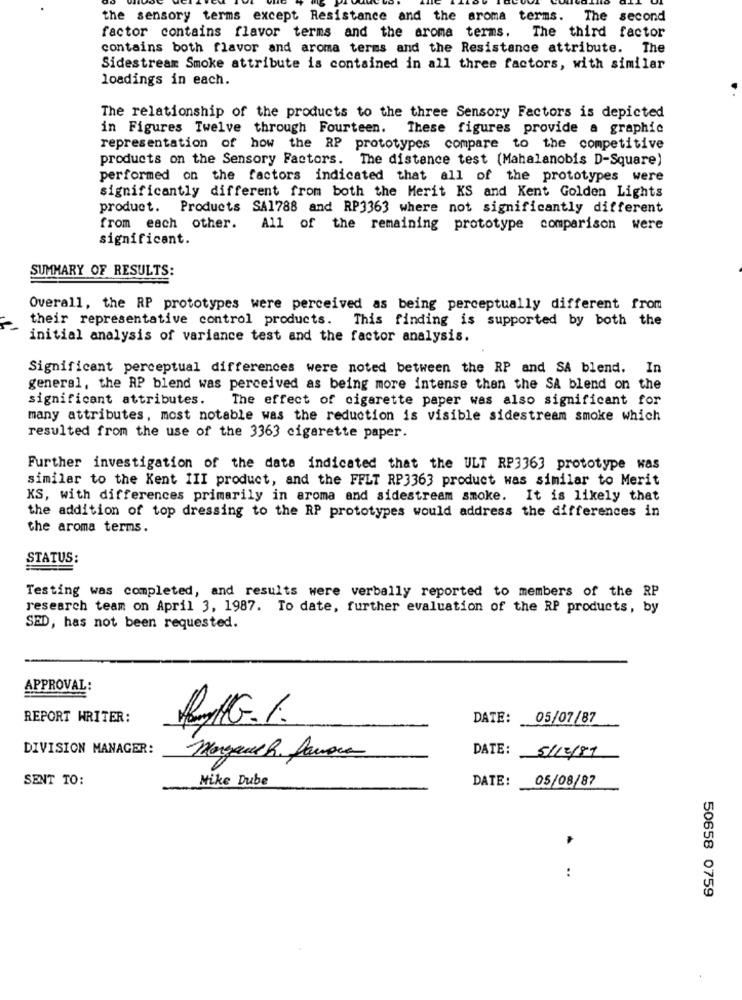
the sensory terms except Resistance and the aroma terms. The second
factor contains flavor terms and the aroma terms. The third factor
contains both flavor and aroma terms and the Resistance attribute. The
Sidestream Smoke attribute is contained in all three factors, with similar
loadings in each.
The relationship of the products to the three Sensory Factors is depicted
in Figures Twelve through Fourteen.
These figures provide a graphic
representation of how the RP prototypes compare to the competitive
products on the Sensory Factors. The distance test (Mahalanobis D-Square)
performed on the factors indicated that all of the prototypes were
significantly different from both the Merit KS and Kent Golden Lights
product. Products SA1788 and RP3363 where not significantly different
from each other. All of the remaining prototype comparison were
significant.
SUMMARY OF RESULTS:
Overall, the RP prototypes were perceived as being perceptually different from
their representative control products. This finding is supported by both the
initial analysis of variance test and the factor analysis.
Significant perceptual differences were noted between the RP and SA blend. In
general, the RP blend was perceived as being more intense then the SA blend on the
significant attributes.
The effect of cigarette paper was also significant for
many attributes, most notable was the reduction is visible sidestream smoke which
resulted from the use of the 3363 cigarette paper.
Further investigation of the data indicated that the ULT RP3363 prototype was
similar to the Kent III product, and the FFLT RP3363 product was similar to Merit
KS, with differences primarily in aroma and sidestream smoke. It is likely that
the addition of top dressing to the RP prototypes would address the differences in
the aroma terms.
STATUS:
Testing was completed, and results were verbally reported to members of the RP
research team on April 3, 1987. To date, further evaluation of the RP products, by
SED, has not been requested.
APPROVAL:
REPORT WRITER:
DATE:
05/07/87
DIVISION MANAGER:
DATE:
Morgauch favore
5/12/87
SENT TO:
Mike Dube
DATE:
05/08/87
:
50658 0759